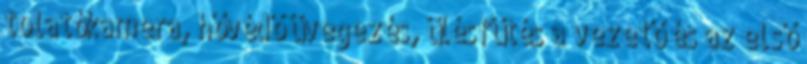
tolatókamera, hővédő üvegezés, ülésfűtés a vezető és az első